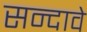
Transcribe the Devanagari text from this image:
सन्दावे